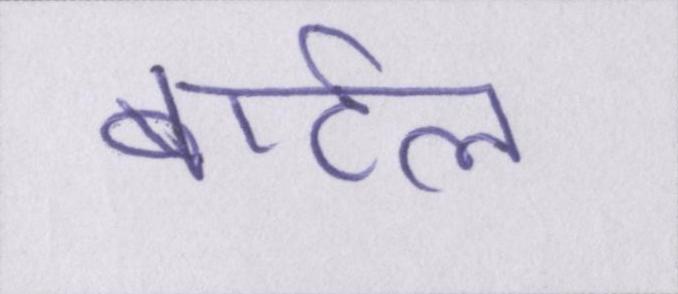
बार्टल